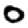
Digit: 0